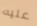
عليه